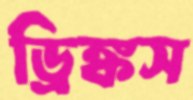
ড্রিঙ্কস